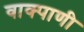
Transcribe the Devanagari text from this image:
वाक्पाणी